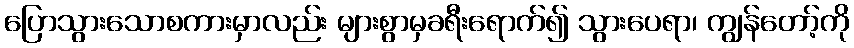
ပြောသွားသောစကားမှာလည်း များစွာမှခရီးရောက်၍ သွားပေရာ၊ ကျွန်တော့်ကို